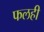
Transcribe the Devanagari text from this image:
फलही